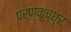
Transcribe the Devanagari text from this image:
पर्णकृच्छ्र